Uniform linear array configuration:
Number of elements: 64
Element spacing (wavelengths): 1
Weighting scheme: kaiser
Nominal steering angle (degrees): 30
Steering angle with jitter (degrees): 30.806
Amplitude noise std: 0.05
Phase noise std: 0.05

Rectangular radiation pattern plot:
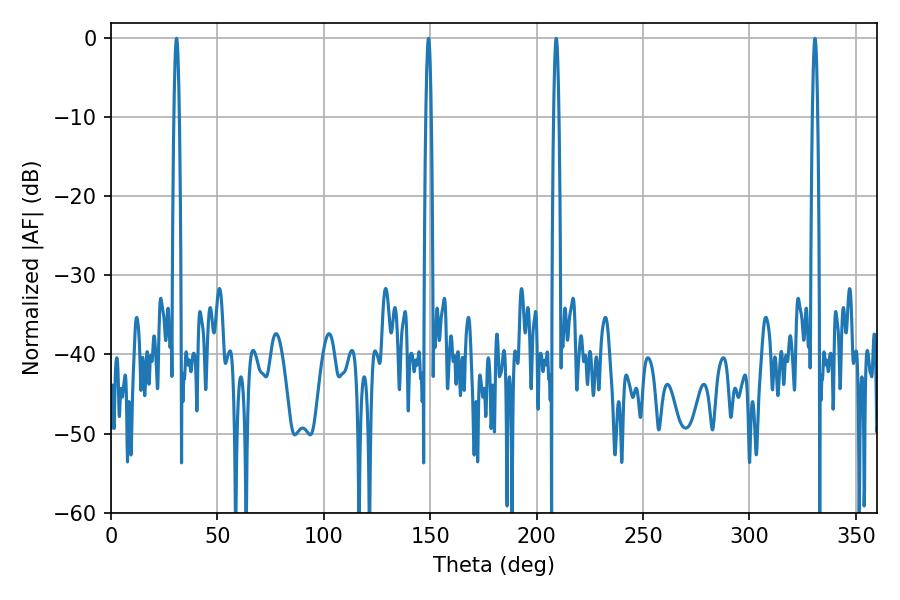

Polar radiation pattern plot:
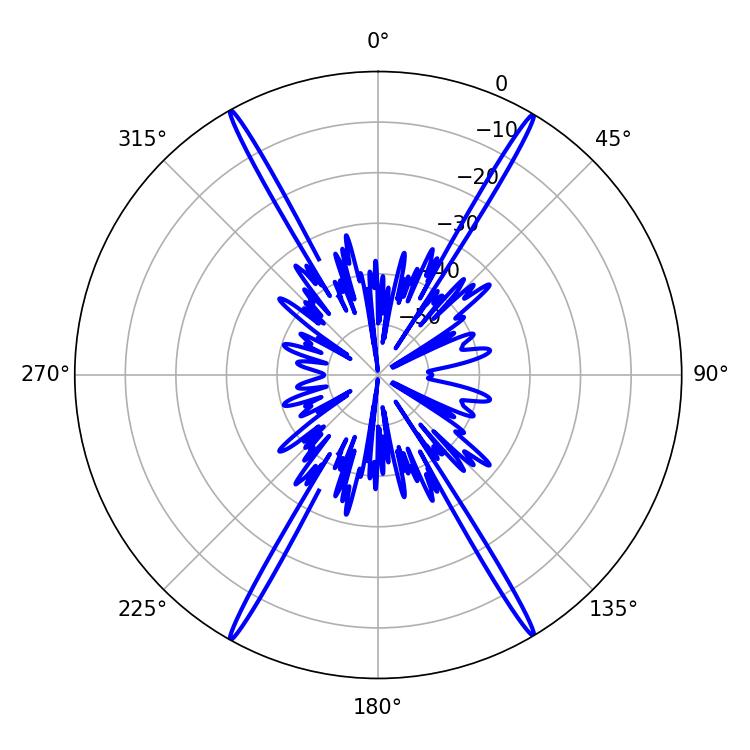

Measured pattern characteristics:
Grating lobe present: TRUE
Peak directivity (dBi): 30.46
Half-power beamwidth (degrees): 1.26
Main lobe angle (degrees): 30.78